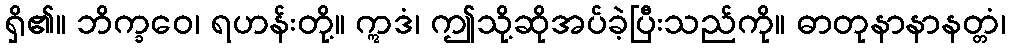
ရှိ၏။ ဘိက္ခဝေ၊ ရဟန်းတို့။ ဣဒံ၊ ဤသို့ဆိုအပ်ခဲ့ပြီးသည်ကို။ ဓာတုနာနာနတ္တံ၊